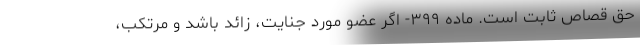
حق قصاص ثابت است. ماده ۳۹۹- اگر عضو مورد جنایت، زائد باشد و مرتکب،